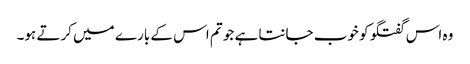
وہ اس گفتگو کو خوب جانتا ہے جو تم اس کے بارے میں کرتے ہو۔